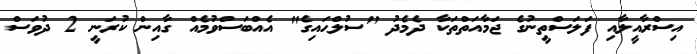
އިސްރާއީލާއި ފަލަސްތީނުގެ ޖަމާއަތްތަކާ ދެމެދު "ސުލްޙައިގެ" އެއްބަސްވުމެއް ގާއިން ކުރަނީ 2 ދުވަސް